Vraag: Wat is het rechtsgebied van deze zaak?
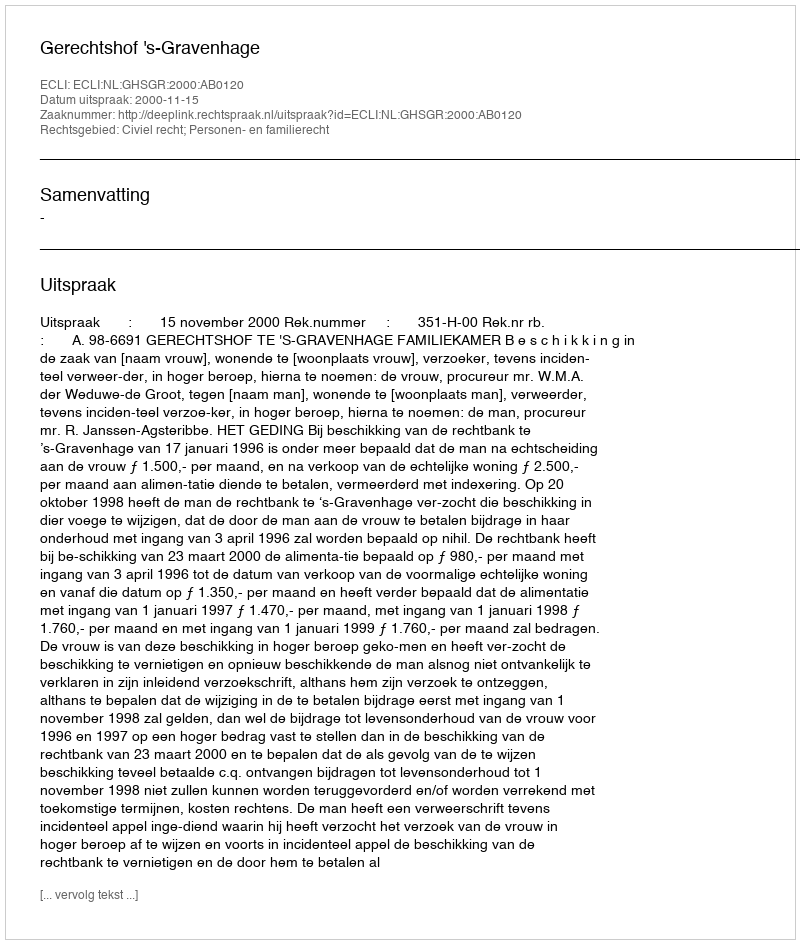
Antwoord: Civiel recht; Personen- en familierecht